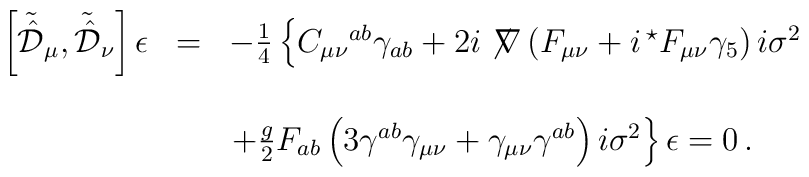
\begin{array}{rcl}\left[\tilde{\hat{\cal D}}_{\mu},\tilde{\hat{\cal D}}_{\nu}\right]  \epsilon& = & -{\textstyle\frac{1}{4}} \left\{ C_{\mu\nu}{}^{ab} \gamma_{ab}+2i\not\!\nabla \left(F_{\mu\nu} +i\, {}^{\star}F_{\mu\nu}\gamma_{5} \right)i\sigma^{2}\right.\\& & \\& & \left.+{\textstyle\frac{g}{2}} F_{ab}\left(3\gamma^{ab}\gamma_{\mu\nu}+\gamma_{\mu\nu}\gamma^{ab}\right)i\sigma^{2}\right\}\epsilon=0\, .\\\end{array}